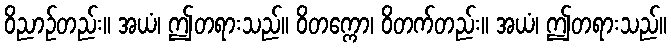
ဝိညာဉ်တည်း။ အယံ၊ ဤတရားသည်။ ဝိတက္ကော၊ ဝိတက်တည်း။ အယံ၊ ဤတရားသည်။